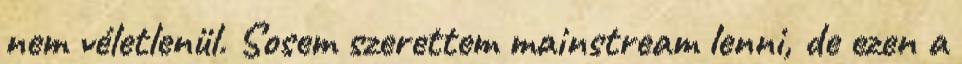
nem véletlenül. Sosem szerettem mainstream lenni, de ezen a